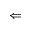
\Leftarrow